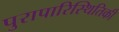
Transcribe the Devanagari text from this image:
पुरापारिस्थितिकी